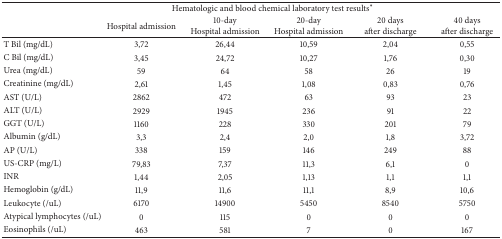
<table><thead><tr><td colspan="6"><b>Hematologic and blood chemical laboratory test results*</b></td></tr><tr><td><b> </b></td><td><b>Hospital admission</b></td><td><b>10-dayHospital admission</b></td><td><b>20-dayHospital admission</b></td><td><b>20 daysafter discharge</b></td><td><b>40 daysafter discharge</b></td></tr></thead><tbody><tr><td>T Bil (mg/dL)</td><td>3,72</td><td>26,44</td><td>10,59</td><td>2,04</td><td>0,55</td></tr><tr><td>C Bil (mg/dL)</td><td>3,45</td><td>24,72</td><td>10,27</td><td>1,76</td><td>0,30</td></tr><tr><td>Urea (mg/dL)</td><td>59</td><td>64</td><td>58</td><td>26</td><td>19</td></tr><tr><td>Creatinine (mg/dL)</td><td>2,61</td><td>1,45</td><td>1,08</td><td>0,83</td><td>0,76</td></tr><tr><td>AST (U/L)</td><td>2862</td><td>472</td><td>63</td><td>93</td><td>23</td></tr><tr><td>ALT (U/L)</td><td>2929</td><td>1945</td><td>236</td><td>91</td><td>22</td></tr><tr><td>GGT (U/L)</td><td>1160</td><td>228</td><td>330</td><td>201</td><td>79</td></tr><tr><td>Albumin (g/dL)</td><td>3,3</td><td>2,4</td><td>2,0</td><td>1,8</td><td>3,72</td></tr><tr><td>AP (U/L)</td><td>338</td><td>159</td><td>146</td><td>249</td><td>88</td></tr><tr><td>US-CRP (mg/L)</td><td>79,83</td><td>7,37</td><td>11,3</td><td>6,1</td><td>0</td></tr><tr><td>INR</td><td>1,44</td><td>2,05</td><td>1,13</td><td>1,1</td><td>1,1</td></tr><tr><td>Hemoglobin (g/dL)</td><td>11,9</td><td>11,6</td><td>11,1</td><td>8,9</td><td>10,6</td></tr><tr><td>Leukocyte (/uL)</td><td>6170</td><td>14900</td><td>5450</td><td>8540</td><td>5750</td></tr><tr><td>Atypical lymphocytes (/uL)</td><td>0</td><td>115</td><td>0</td><td>0</td><td>0</td></tr><tr><td>Eosinophils (/uL)</td><td>463</td><td>581</td><td>7</td><td>0</td><td>167</td></tr></tbody></table>